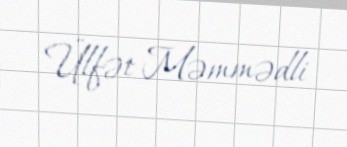
Ülfət Məmmədli